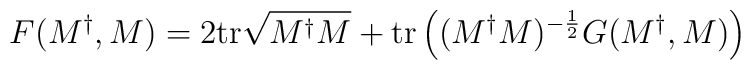
F(M^{\dag},M) = 2 {\rm tr} \sqrt{M^{\dag} M} + {\rm tr} \left( (M^{\dag} M)^{-{1 \over 2}} G(M^{\dag},M) \right)